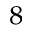
^ 8